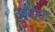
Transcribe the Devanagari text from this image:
दरबेहद